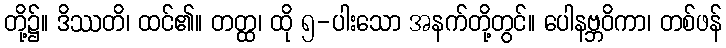
တို့၌။ ဒိဿတိ၊ ထင်၏။ တတ္ထ၊ ထို ၅-ပါးသော အနက်တို့တွင်။ ပေါနဗ္ဘဝိကာ၊ တစ်ဖန်